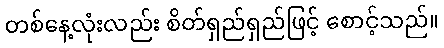
တစ်နေ့လုံးလည်း စိတ်ရှည်ရှည်ဖြင့် စောင့်သည်။